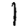
Digit: 1